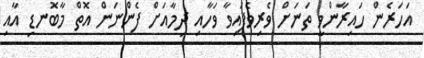
އަހަރެން ހައިރާންވީ ތަނަށް ވެރިވެފައިވާ ވަހާއި ދިމާއަށް ފެންނަން އޮތް މާބޮނޑި އާއި